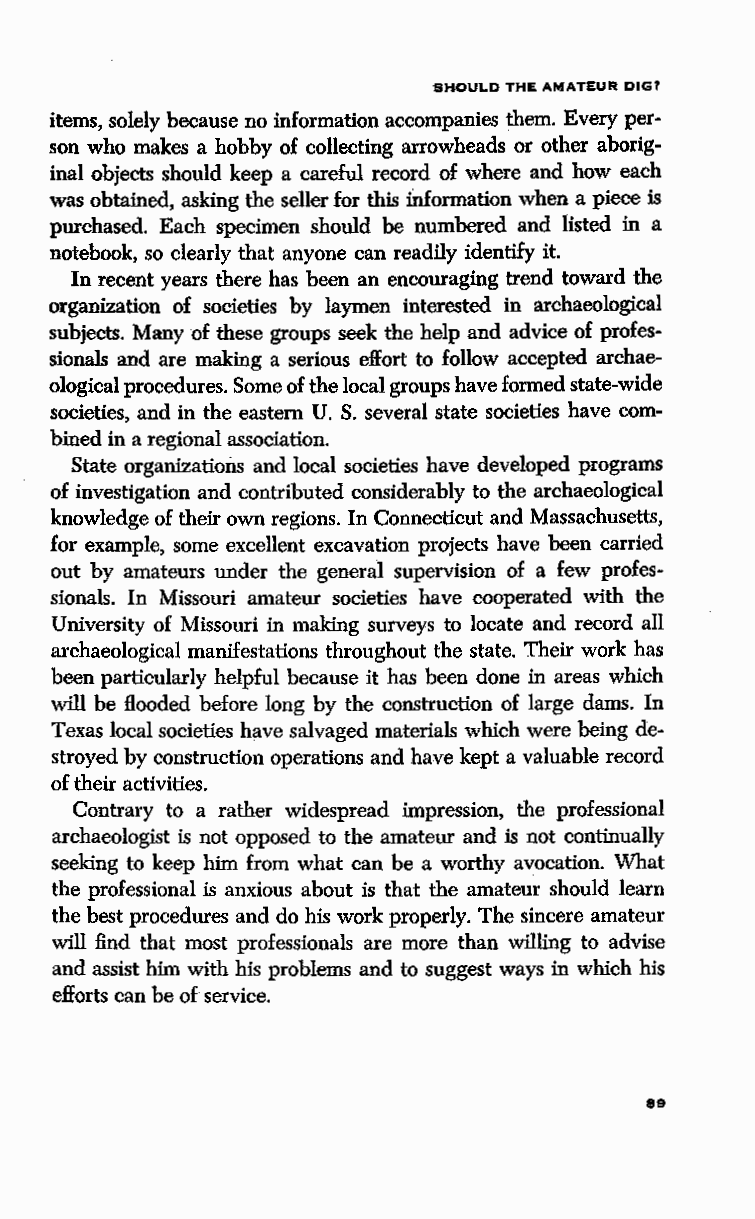
SHOULD THE AMATEUR DIG?
 items, solely because no information accompanies them. Every per
 son who makes a hobby of collecting arrowheads or other aborig
 inal objects should keep a careful record of where and how each
 was obtained, asking the seller for this information when a piece is
 purchased. Each specimen should be numbered and listed in a
 notebook, so clearly that anyone can readily identify it.
 In recent years there has been an encouraging trend toward the
 organization of societies by laymen interested in archaeological
 subjects. Many of these groups seek the help and advice of profes
 sionals and are making a serious effort to follow accepted archae
 ological procedures. Some of the local groups have formed state-wide
 societies, and in the eastern U. S. several state societies have com
 bined in a regional association.
 State organizations and local societies have developed programs
 of investigation and contributed considerably to the archaeological
 knowledge of their own regions. In Connecticut and Massachusetts,
 for example, some excellent excavation projects have been carried
 out by amateurs under the general supervision of a few profes
 sionals. In Missouri amateur societies have cooperated with the
 University of Missouri in making surveys to locate and record all
 archaeological manifestations throughout the state. Their work has
 been particularly helpful because it has been done in areas which
 will be Hooded before long by the construction of large dams. In
 Texas local societies have salvaged materials which were being de
 stroyed by construction operations and have kept a valuable record
 of their activities.
 Contrary to a rather widespread impression, the professional
 archaeologist is not opposed to the amateur and is not continually
 seeking to keep him from what can be a worthy avocation. What
 the professional is anxious about is that the amateur should learn
 the best procedures and do his work properly. The sincere amateur
 will find that most professionals are more than willing to advise
 and assist him with his problems and to suggest ways in which his
 efforts can be of service.
 89